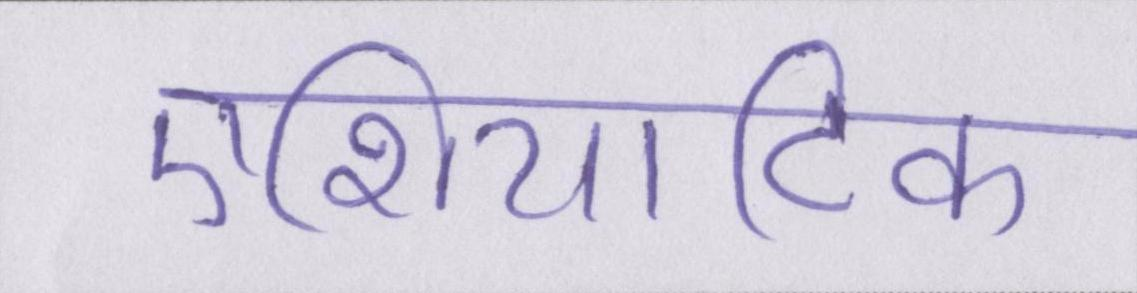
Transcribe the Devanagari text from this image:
एशियाटिक